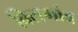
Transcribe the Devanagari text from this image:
बिलगांव